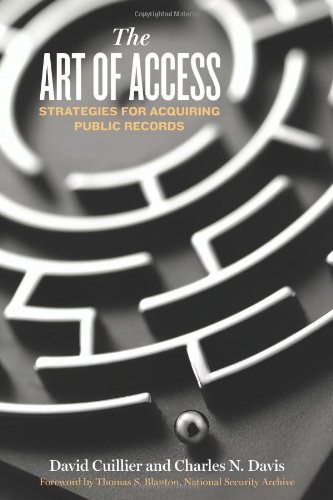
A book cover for The Art of Access: Strategies for Acquiring Public Records; David Cuillier; Law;